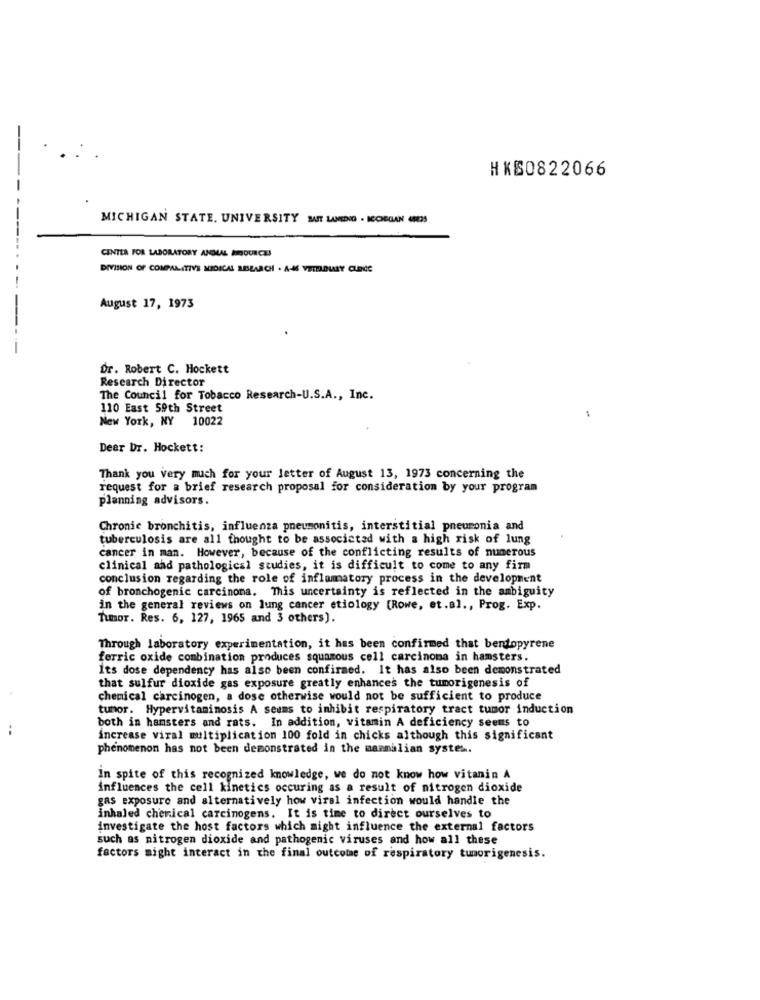
HKS0822066
MICHIGAN STATE. UNIVERSITY MAST LAMEDIO . ICONSGAN (3S
CENTER FOR LABORATORY ANDLAL ASOURCE!
DIVISION OF COMPARATIVE MEDICAL RESEARCH . A-46 VETEOLDMARY CUIENCE
August 17, 1973
Dr. Robert C. Hockett
Research Director
The Council for Tobacco Research-U.S.A ., Inc.
110 East 59th Street
New York, NY 10022
Dear Dr. Hockett:
Thank you very much for your letter of August 13, 1973 concerning the
request for a brief research proposal for consideration by your program
planning advisors.
Chronic bronchitis, influenza pneumonitis, interstitial pneumonia and
tuberculosis are all thought to be associated with a high risk of lung
cancer in man. However, because of the conflicting results of numerous
clinical and pathological studies, it is difficult to come to any firm
conclusion regarding the role of inflamatory process in the development
of bronchogenic carcinoma. This uncertainty is reflected in the ambiguity
in the general reviews on lung cancer etiology [Rowe, et.al ., Prog. Exp.
Tumor. Res. 6, 127, 1965 and 3 others).
Through laboratory experimentation, it has been confirmed that berdopyrene
ferric oxide combination produces squamous cell carcinoma in hamsters.
Its dose dependency has also been confirmed. It has also been demonstrated
that sulfur dioxide gas exposure greatly enhances the tumorigenesis of
chemical carcinogen, a dose otherwise would not be sufficient to produce
tumor. Hypervitaminosis A seems to inhibit respiratory tract tumor induction
both in hamsters and rats. In addition, vitamin A deficiency seems to
increase viral multiplication 100 fold in chicks although this significant
phenomenon has not been demonstrated in the mammalian systes.
in spite of this recognized knowledge, we do not know how vitanin A
influences the cell kinetics occuring as a result of nitrogen dioxide
gas exposure and alternatively how viral infection would handle the
inhaled cherical carcinogens. It is time to direct ourselves to
investigate the host factors which might influence the external factors
such as nitrogen dioxide and pathogenic viruses and how all these
factors might interact in the final outcome of respiratory tumorigenesis.